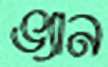
ভ্যান